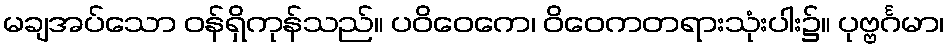
မချအပ်သော ဝန်ရှိကုန်သည်။ ပဝိဝေကေ၊ ဝိဝေကတရားသုံးပါး၌။ ပုဗ္ဗင်္ဂမာ၊